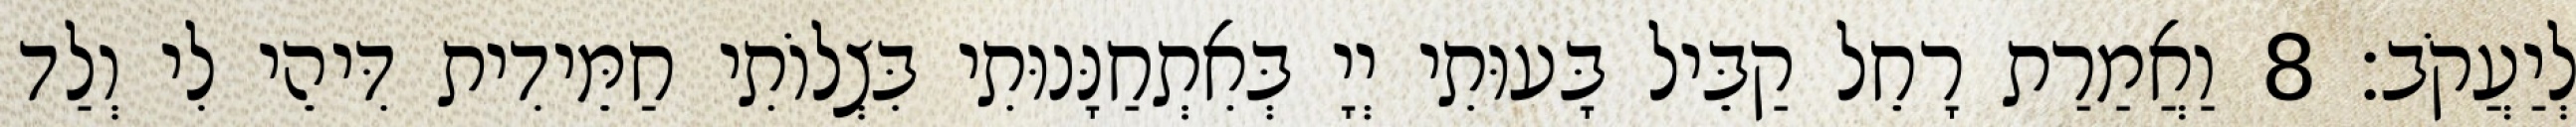
לְיַעֲקֹב׃ 8 וַאֲמַרַת רָחֵל קַבֵּיל בָּעוּתִי יְיָ בְּאִתְחַנָּנוּתִי בִּצְלוֹתִי חַמֵּידִית דִּיהֵי לִי וְלַד